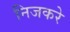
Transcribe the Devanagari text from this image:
निजकरे